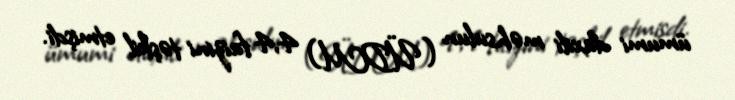
ümumi daxili məhsulun (ÜDM) 4,4 faizini təşkil etmişdi.